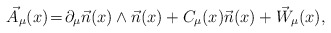
\begin{align*}\vec A_\mu(x)\!=\!\partial_\mu\vec n(x)\wedge\vec n(x)+C_\mu(x)\vec n(x)+\vec W_\mu(x),\end{align*}